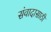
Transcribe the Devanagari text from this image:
संवादासाठी